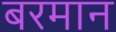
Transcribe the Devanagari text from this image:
बरमान